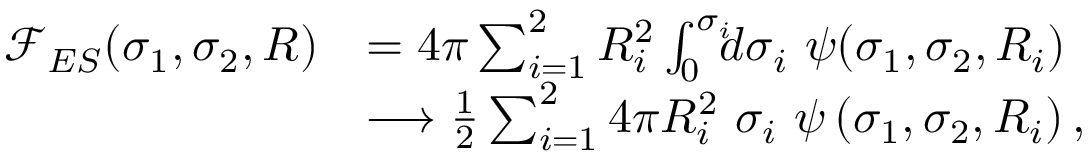
\begin{array} { r l } { { \mathcal F } _ { E S } ( \sigma _ { 1 } , \sigma _ { 2 } , R ) } & { = 4 \pi \sum _ { i = 1 } ^ { 2 } R _ { i } ^ { 2 } \int _ { 0 } ^ { \sigma _ { i } } \! \! \! d \sigma _ { i } ~ \psi ( \sigma _ { 1 } , \sigma _ { 2 } , R _ { i } ) } \\ & { \longrightarrow \frac { 1 } { 2 } \sum _ { i = 1 } ^ { 2 } 4 \pi R _ { i } ^ { 2 } ~ \sigma _ { i } ~ \psi \left( \sigma _ { 1 } , \sigma _ { 2 } , R _ { i } \right) , } \end{array}